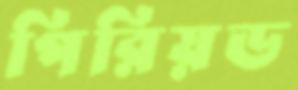
পিরিয়ড